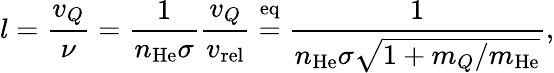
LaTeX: l=\frac{v_{Q}}{\nu}=\frac{1}{n_{\mathrm{He}}\sigma}\frac{v_{Q}}{v_{\mathrm{rel}}}\stackrel{\mathrm{eq}}{=}\frac{1}{n_{\mathrm{He}}\sigma\sqrt{1+m_{Q}/m_{\mathrm{He}}}},